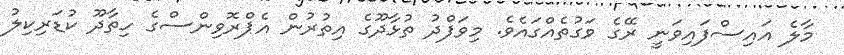
މާލެ އައިސްފައިވަނީ ރޭގެ ވަގުތެއްގައެވެ. މިވަފްދު ތުޅާދޫގެ އިތުރުން އެޕްރޮވިންސްގެ ހިތާދޫ ކުޑަރިކިލު